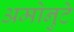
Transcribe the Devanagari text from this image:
अमोनुटे